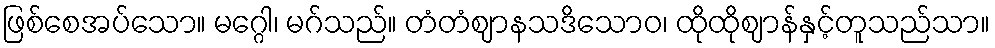
ဖြစ်စေအပ်သော။ မဂ္ဂေါ၊ မဂ်သည်။ တံတံဈာနသဒိသောဝ၊ ထိုထိုဈာန်နှင့်တူသည်သာ။